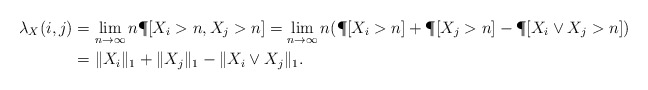
\begin{align*}\lambda_X(i,j)&=\lim_{n\to\infty}n\P[ X_i >n, X_j>n ] =\lim_{n\to\infty}n(\P[ X_i >n]+\P[ X_j>n ]-\P[ X_i \vee X_j>n ]) \\&=\|X_i\|_1+\|X_j\|_1-\|X_i\vee X_j\|_1.\end{align*}